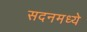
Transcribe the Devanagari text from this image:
सदनमध्ये